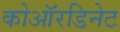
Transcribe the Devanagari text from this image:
कोऑरडिनेट